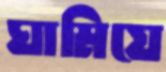
ঘামিয়ে